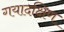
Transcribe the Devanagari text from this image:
गयादक्षिण